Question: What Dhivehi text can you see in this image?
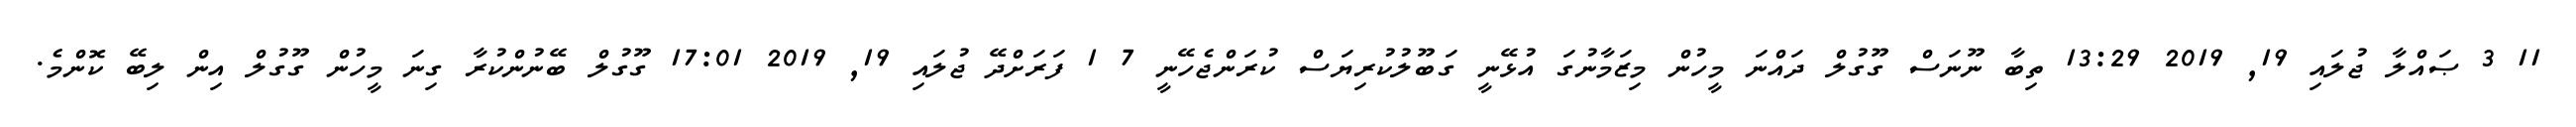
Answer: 11 3 ޞައްލާ ޖުލައި 19, 2019 13:29 ތިބާ ނޫނަސް ގޫގުލް ދައްނަ މީހުން މިޒަމާނުގަ އުޅޭނީ ގަބޫލުކުރިޔަސް ކުރަންޖެހޭނީ 7 1 ފަރަށްދޭ ޖުލައި 19, 2019 17:01 ގޫގުލް ބޭނުންކުރާ ގިނަ މީހުން ގޫގުލް އިން ލިބޭ ކޮންމެ.